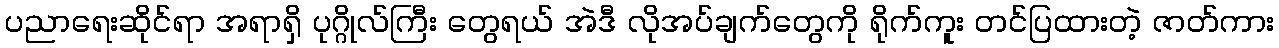
ပညာရေးဆိုင်ရာ အရာရှိ ပုဂ္ဂိုလ်ကြီး တွေရယ် အဲဒီ လိုအပ်ချက်တွေကို ရိုက်ကူး တင်ပြထားတဲ့ ဇာတ်ကား